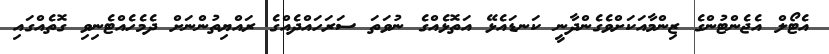
އެޓޯލް އެޖެންޓުންގެ ޒިންމާއަކަށްވެގެންދާނީ ކަނޑައެޅޭ އަތޮޅެއްގެ ނުވަތަ ސަރަހައްދެއްގެ ރައްޔިތުންނަށް ދެމެހެއްޓެނިވި ގޮތެއްގައި